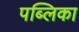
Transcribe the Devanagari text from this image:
पब्लिका